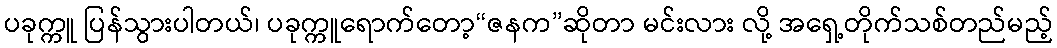
ပခုက္ကူ ပြန်သွားပါတယ်၊ ပခုက္ကူရောက်တော့“ဇနက”ဆိုတာ မင်းလား လို့ အရှေ့တိုက်သစ်တည်မည့်